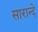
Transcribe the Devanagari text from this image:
सारान्दे